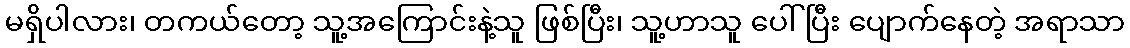
မရှိပါလား၊ တကယ်တော့ သူ့အကြောင်းနဲ့သူ ဖြစ်ပြီး၊ သူ့ဟာသူ ပေါ်ပြီး ပျောက်နေတဲ့ အရာသာ